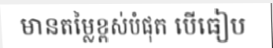
មានតម្លៃខ្ពស់បំផុត បើធៀប